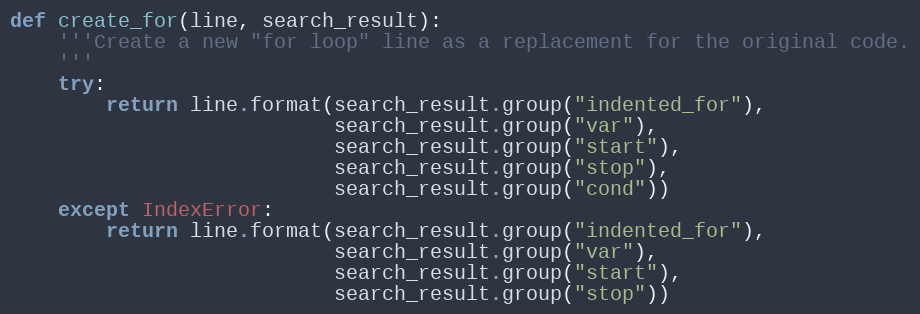
Language: Python
def create_for(line, search_result):
    '''Create a new "for loop" line as a replacement for the original code.
    '''
    try:
        return line.format(search_result.group("indented_for"),
                           search_result.group("var"),
                           search_result.group("start"),
                           search_result.group("stop"),
                           search_result.group("cond"))
    except IndexError:
        return line.format(search_result.group("indented_for"),
                           search_result.group("var"),
                           search_result.group("start"),
                           search_result.group("stop"))